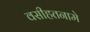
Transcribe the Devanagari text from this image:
वसीहतनामे